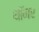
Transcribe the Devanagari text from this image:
थॉमर